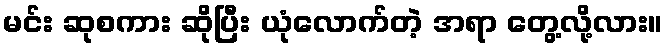
မင်း ဆုစကား ဆိုပြီး ယုံလောက်တဲ့ အရာ တွေ့လို့လား။